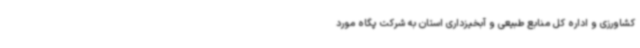
کشاورزی و اداره کل منابع طبیعی و آبخیزداری استان به شرکت پگاه مورد